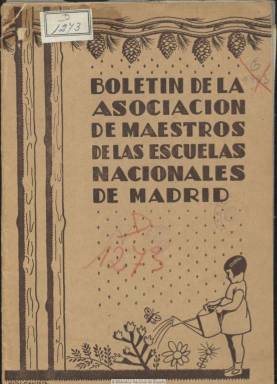
Título: Boletín de la Asociación de Maestros de las Escuelas Nacionales de Madrid
Colección: Educación
Ámbito geográfico: Madrid
Lugar de publicación: Madrid
Fechas: 01/04/1933-01/04/1936

Publicación de carácter asociativo, profesional y pedagógico que debió comenzar a publicarse en 1931 y que aparecía con una frecuencia irregular. La colección de la Biblioteca Nacional de España comienza en su número 7, correspondiente al uno de abril de 1933, momento este en el que su Comisión de Redacción estaba integrada por uno de los más prestigiosos pedagogos de la época, Dionisio Prieto Fernández, que también presidía entonces la asociación y era director del Grupo Escolar Pablo Iglesias, acompañado por los también pedagogos Luis Huerta y José César Rodríguez.

Las entregas del boletín son también de paginación variada entre la treintena y la sesentena de páginas, conteniendo artículos de índole profesional y también pedagógico y de reivindicación del programa escolar republicano, además de ofrecer información sobre las actividades de la asociación, que se celebraban en la denominada Casa del Maestro, en la que se impartían cursos para hijos de maestros y conferencias, y se celebraban exposiciones, además de disponer de biblioteca propia. Da cuenta también de las asambleas de la asociación, su estado de cuentas y las altas y bajas de los asociados, además de incluir secciones de Libros y Noticias. Publica algún reportaje, como el dedicado a la Escuela Menéndez Pelayo, y en el número 19, correspondiente al uno de abril de 1936 (y último de la colección) recoge la conferencia de María de Maeztu (1881-1948) sobre Educación moral en la escuela laica. Inserta algunas fotografías y publicidad de libros y editoriales. Está compuesta a una columna.